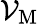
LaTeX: \mathcal{V}_{\mathrm{{{M}}}}